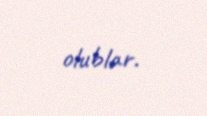
olublar.